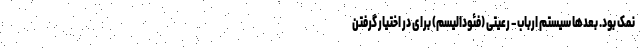
نمک بود. بعد‌ها سیستم ارباب – رعیتی (فئودالیسم) برای در اختیار گرفتن